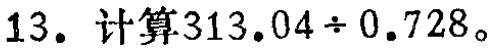
13. 计算\(313.04\div0.728\)。